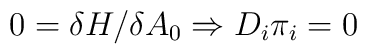
0 = \delta H / \delta A_0 \Rightarrow D_i \pi_i = 0